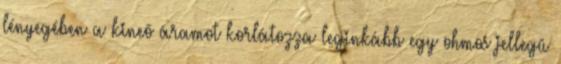
lényegében a kineõ áramot korlátozza leginkább egy ohmos jellegû